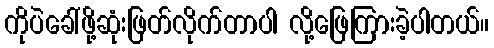
ကိုပဲခေါ်ဖို့ဆုံးဖြတ်လိုက်တာပါ လို့ဖြေကြားခဲ့ပါတယ်။